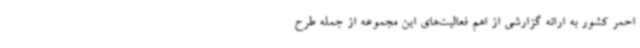
احمر کشور به ارائه گزارشی از اهم فعالیت‌های این مجموعه از جمله طرح